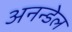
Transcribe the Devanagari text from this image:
अनन्डेल